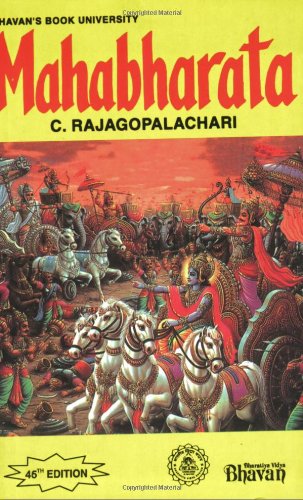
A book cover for Mahabharata; C. Rajagopalachari; Religion & Spirituality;